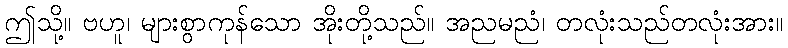
ဤသို့။ ဗဟူ၊ များစွာကုန်သော အိုးတို့သည်။ အညမညံ၊ တလုံးသည်တလုံးအား။